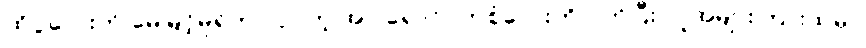
ထိုပွဲလေးကို မေမြင့်မိုရ်က လှပတဲ့ အဝါရောင်ဝတ်စုံလေးကို ဝတ်ပြီး လူအများကြားထဲမှာ